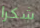
شكرا